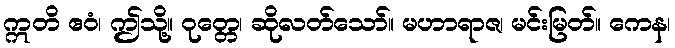
ဣတိ ဧဝံ၊ ဤသို့။ ဝုတ္တေ၊ ဆိုလတ်သော်။ မဟာရာဇ၊ မင်းမြတ်။ ကေန၊